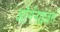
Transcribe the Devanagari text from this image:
ऑर्गनाइज़रों